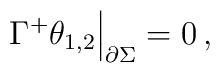
\Gamma^+ \theta_{1,2}\Big|_{\partial\Sigma} = 0\,,